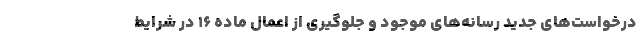
درخواست‌های جدید رسانه‌های موجود و جلوگیری از اعمال ماده ۱۶ در شرایط